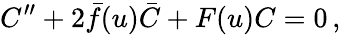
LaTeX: C^{\prime\prime}+2\bar{f}(u)\bar{C}+F(u)C=0\, ,